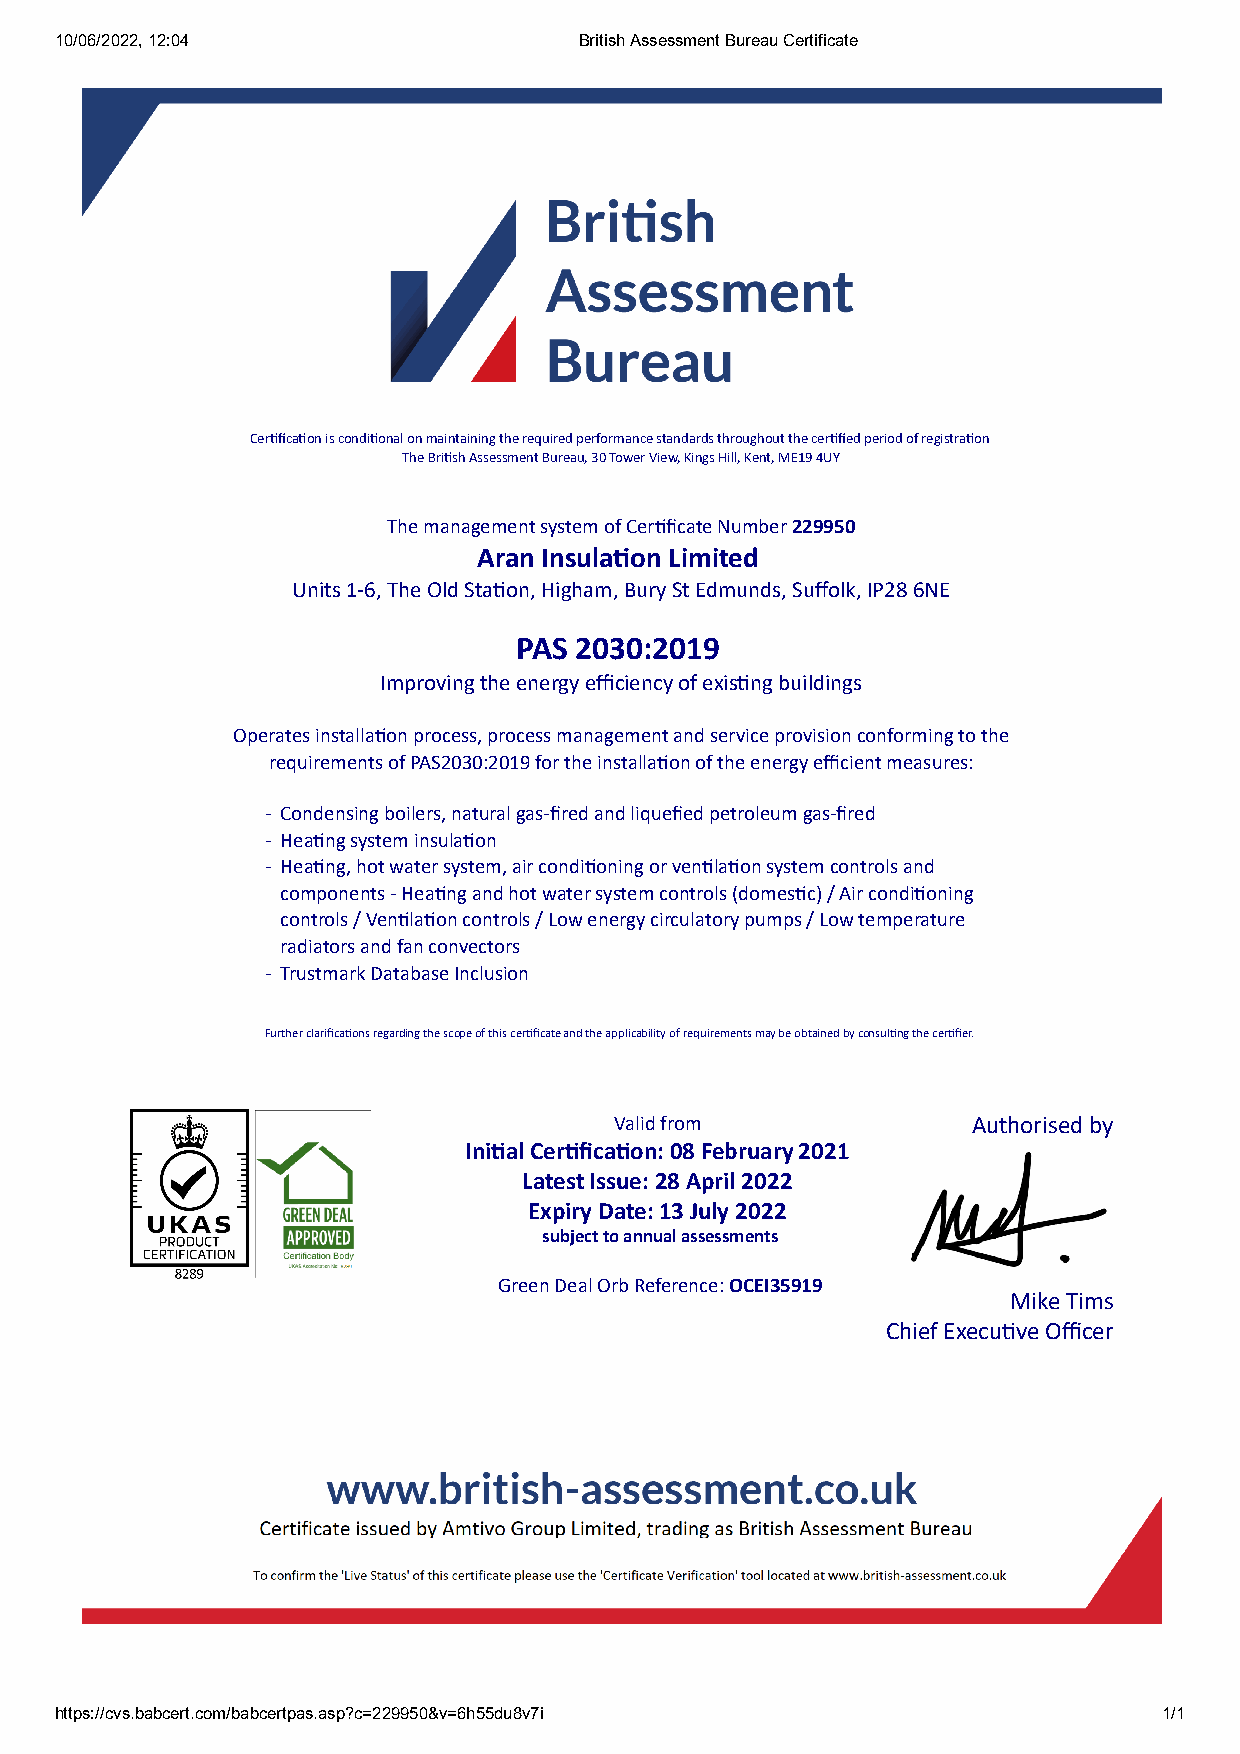
10/06/2022, 12:04                 British Assessment Bureau Certificate
 Cerficaon is condional on maintaining the required performance standards throughout the cerfied period of registraon
 The Brish Assessment Bureau, 30 Tower View, Kings Hill, Kent, ME19 4UY
 The management system of Cerficate Number 229950
 Aran Insulaon Limited
 Units 1-6, The Old Staon, Higham, Bury St Edmunds, Suffolk, IP28 6NE
 PAS 2030:2019
 Improving the energy efficiency of exisng buildings
 Operates installaon process, process management and service provision conforming to the
 requirements of PAS2030:2019 for the installaon of the energy efficient measures:
 - Condensing boilers, natural gas-fired and liquefied petroleum gas-fired
 - Heang system insulaon
 - Heang, hot water system, air condioning or venlaon system controls and
 components - Heang and hot water system controls (domesc) / Air condioning
 controls / Venlaon controls / Low energy circulatory pumps / Low temperature
 radiators and fan convectors
 - Trustmark Database Inclusion
 Further clarificaons regarding the scope of this cerficate and the applicability of requirements may be obtained by consulng the cerfier.
 Valid from             Authorised by
 Inial Cerficaon: 08 February 2021
 Latest Issue: 28 April 2022
 Expiry Date: 13 July 2022
 subject to annual assessments
 Green Deal Orb Reference: OCEI35919
 Mike Tims
 Chief Execuve Officer
 https://cvs.babcert.com/babcertpas.asp?c=229950&v=6h55du8v7i             1/1